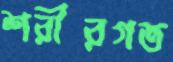
শরীরগত